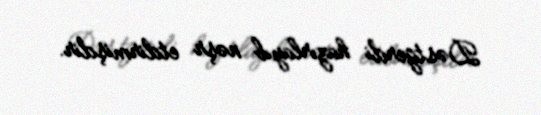
Dəstgerdi hazırlayıb nəşr etdirmişdir.